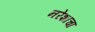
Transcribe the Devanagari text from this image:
नरेशाचा